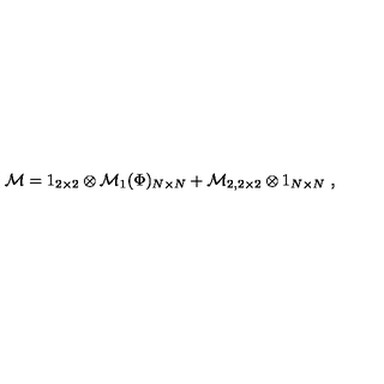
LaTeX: \mathcal { M } = 1 _ { 2 \times 2 } \otimes \mathcal { M } _ { 1 } ( \Phi ) _ { N \times N } + \mathcal { M } _ { 2 , 2 \times 2 } \otimes 1 _ { N \times N } \ ,